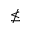
\nleq